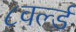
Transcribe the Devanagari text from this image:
८वर्ल्ड